Veterinary [1916] -
Year: 1916
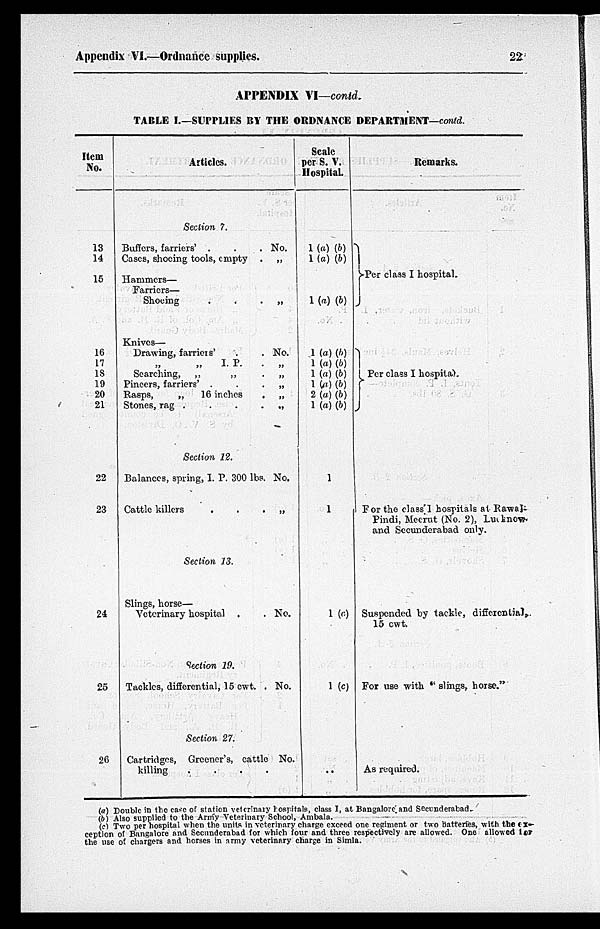
Appendix VI.—Ordnance supplies.
22
APPENDIX VI—contd.
TABLE I.—SUPPLIES BY THE ORDNANCE DEPARTMENT—contd.
Item
No.
13
14
15
16
17
18
19
20
21
22
23
24
25
26
Articles.
Section 7.
Buffers, farriers' .
.
.
No.
Cases, shoeing tools, empty . „
Hammers—
Farriers—
Shoeing
.
.
.
„
Knives—
Drawing, farriers'
.
.
No.
„ „ I. P.
.
„
Searching, „
„
.
„
Pincers, farriers' .
.
.
„
Rasps,
„
16 inches
.
„
Stones, rag .
.
.
. „
Section 12.
Balances, spring, I. P. 300 lbs. No.
Cattle killers
.
.
.
.
„
Section 13.
Slings, horse—
Veterinary hospital . . No.
Section 19.
Tackles, differential, 15 cwt. . No.
Section 27.
Cartridges, Greener's, cattle No.
killing
.
.
.
.
Scale
per S. V.
Hospital.
1 (a) (b)
1 (a) (b)
1 (a) (b)
1 (a) (b)
1 (a) (b)
1 (a) (b)
1 (a) (b)
2 (a) (b)
1 (a) (b)
1
1
1 (c)
1 (c)
..
Remarks.
}Per class I hospital.
} Per class I hospital.
For the class I hospitals at Rawal-
Pindi, Meerut (No. 2), Luknow-
and Secunderabad only.
Suspended by tackle, differential,
15 cwt.
For use with " slings, horse."
As required.
(a) Double in the case of station veterinary hospitals, class I, at Bangalore and Secunderabad.
(b) Also supplied to the Army Veterinary School, Ambala.
(c) Two per hospital when the units in veterinary charge exceed one regiment or two batteries, with the ex-
ception of Bangalore and Secunderubad for which four and three respectively are allowed. One allowed for
the use of chargers and horses in army veterinary charge in Simla.